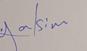
Signature authenticity: genuine